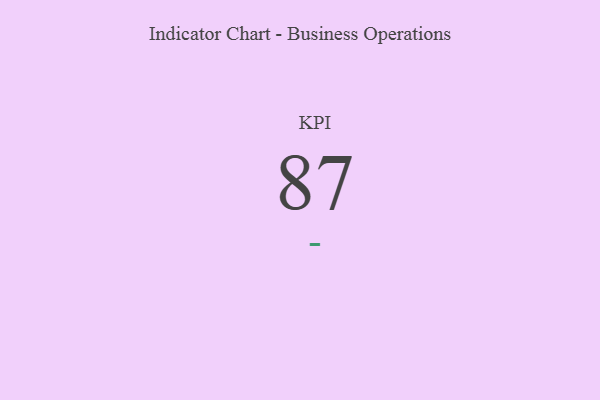
{"axis": {"x": "KPI", "y": "Value"}, "legend": [""], "data": [{"x": "KPI", "y": 87, "type": ""}]}